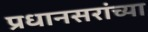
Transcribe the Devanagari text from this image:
प्रधानसरांच्या